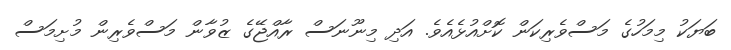
ބަޔަކު މިމަހުގެ މަސްވެރިކަން ކޮށްއުޅެއެވެ. އަދި މިނޫނަސް ރާއްޖޭގެ ޒުވާން މަސްވެރިން މުށިމަސް